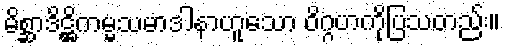
မိစ္ဆာဒိဋ္ဌိကမ္မသမာဒါနာဟူသော ဝိဂ္ဂဟကိုပြသတည်း။